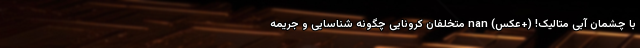
با چشمان آبی متالیک! (+عکس) nan متخلفان کرونایی چگونه شناسایی و جریمه